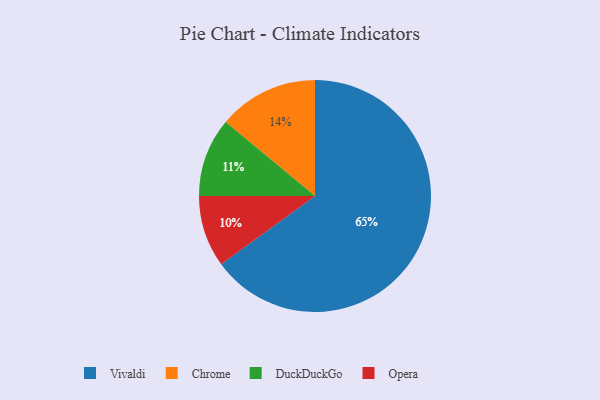
{"axis": {"x": "Category", "y": "Percentage"}, "legend": ["Chrome", "DuckDuckGo", "Opera", "Vivaldi"], "data": [{"x": "Vivaldi", "y": 65, "type": "Vivaldi"}, {"x": "Chrome", "y": 14, "type": "Chrome"}, {"x": "DuckDuckGo", "y": 11, "type": "DuckDuckGo"}, {"x": "Opera", "y": 10, "type": "Opera"}]}